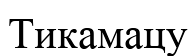
Тикамацу